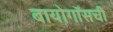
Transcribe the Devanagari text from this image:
बायोगॉसची